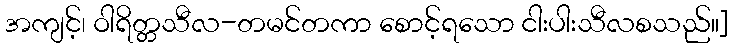
အကျင့်၊ ဝါရိတ္တသီလ-တမင်တကာ စောင့်ရသော ငါးပါးသီလစသည်။]